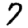
Digit: 7